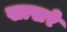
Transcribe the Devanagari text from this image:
खाखरे